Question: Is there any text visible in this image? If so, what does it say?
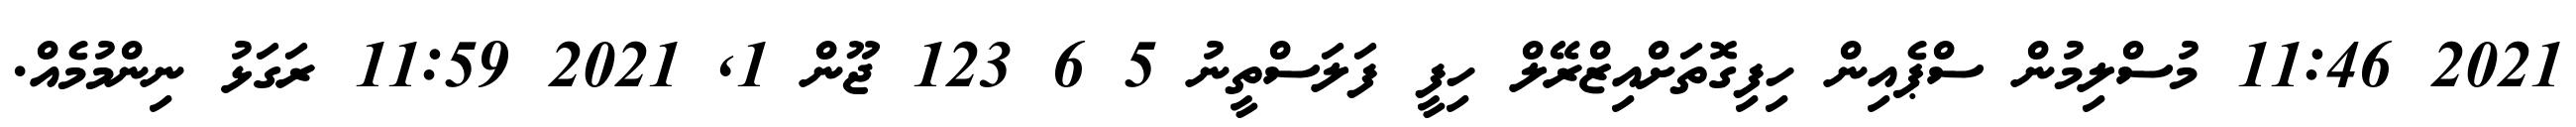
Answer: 2021 11:46 މުސްލިމުން ސްޕެއިން ހިފިގޮތަށްއިޒްރޭލް ހިފީ ފަލަސްތީނު 5 6 123 ޖޫން 1, 2021 11:59 ރަގަޅު ނިންމުމެއް.